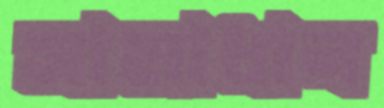
সামাধান